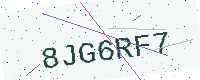
Text: 8JG6RF7